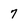
Character: 7